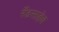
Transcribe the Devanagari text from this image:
रँडसाहेब